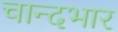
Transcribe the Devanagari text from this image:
चान्दभार